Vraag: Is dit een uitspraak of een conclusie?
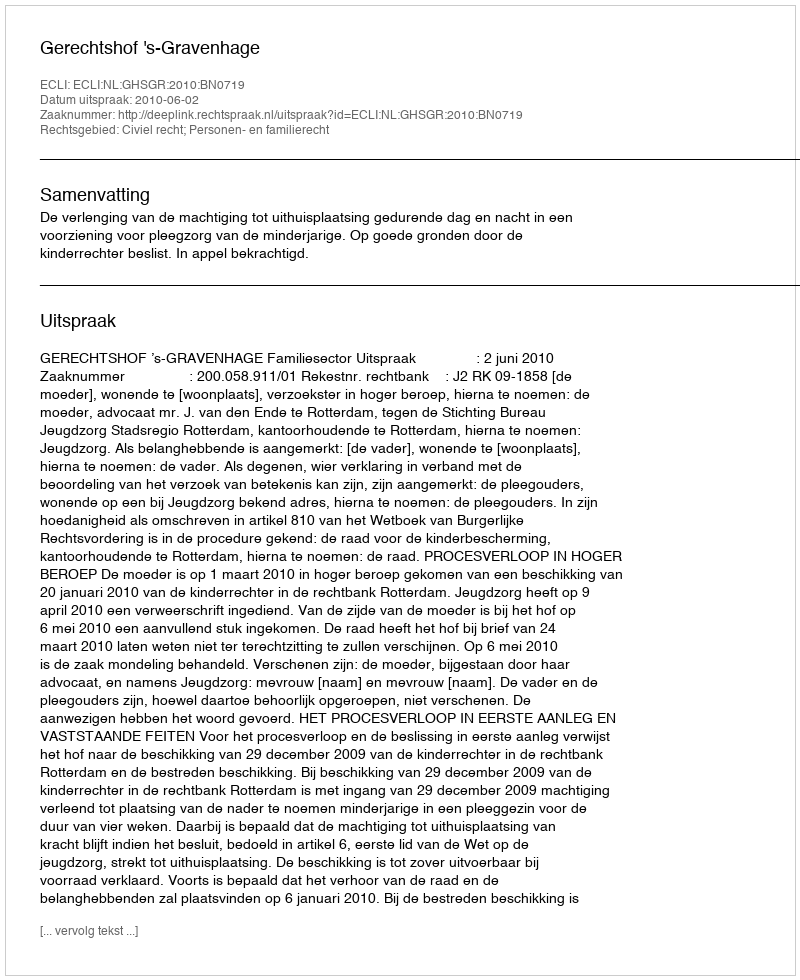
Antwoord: Uitspraak